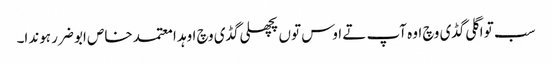
سب تو اگلی گڈی وچ اوہ آپ تے اوس توں پچھلی گڈی وچ اوہد ا معتمد خاص ابو ضرر ہوندا۔